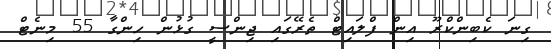
ގިނަ ކެބިންކްރޫ އިން ފްލައިޓް ތެރޭގައި ޖިންސީ ގުޅުން ހިންގާ 55 މިނެޓް